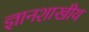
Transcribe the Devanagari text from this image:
ज्ञानशाखीय